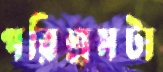
পরিশ্রমটা